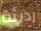
رديئة